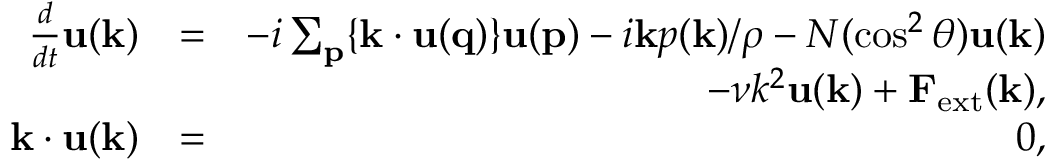
\begin{array} { r l r } { \frac { d } { d t } { \bf u ( k ) } } & { = } & { - i \sum _ { \bf p } \{ { \bf k \cdot u ( q ) } \} { \bf u ( p ) } - i { \bf k } p ( { \bf k } ) / \rho - N ( \cos ^ { 2 } \theta ) { \bf u ( k ) } } \\ & { } & { - \nu k ^ { 2 } { \bf u ( k ) } + { \bf F } _ { \mathrm { e x t } } ( { \bf k } ) , } \\ { { \bf k \cdot u ( k ) } } & { = } & { 0 , } \end{array}